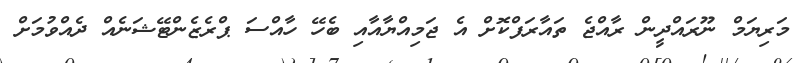
މަރިޔަމް ނޫރައްދީން ރާއްޖެ ތައާރަފްކޮށް އެ ޖަމިއްޔާއާއި ބެހޭ ހާއްސަ ޕްރެޒެންޓޭޝަނެއް ދެއްވުމަށް